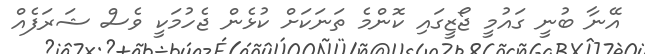
އޭނާ ބުނީ ގައުމީ ޖޯޒީގައި ކޮންމެ ތަނަކަށް ކުޅެން ޖެހުމަކީ ވެސް ޝަރަފެއް